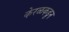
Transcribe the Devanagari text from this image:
केरळकडून